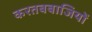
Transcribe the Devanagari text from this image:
करतबबाजियों